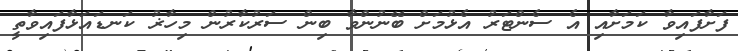
ފަށާފައިވާ ކަމަށާއި އެ ސެންޓަރު އެޅުމަށް ބޭނުންވާ ބިން ސަރުކާރުން މިހާޜު ކަނޑައަޅާފައިވާތީ